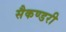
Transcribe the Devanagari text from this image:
सैकण्‍डरी